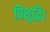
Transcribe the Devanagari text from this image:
विशुद्धि।